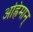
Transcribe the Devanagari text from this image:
अह्रिमान्